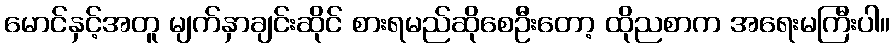
မောင်နှင့်အတူ မျက်နှာချင်းဆိုင် စားရမည်ဆိုစေဦးတော့ ထိုညစာက အရေးမကြီးပါ။